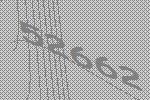
52662